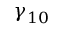
\gamma _ { 1 0 }